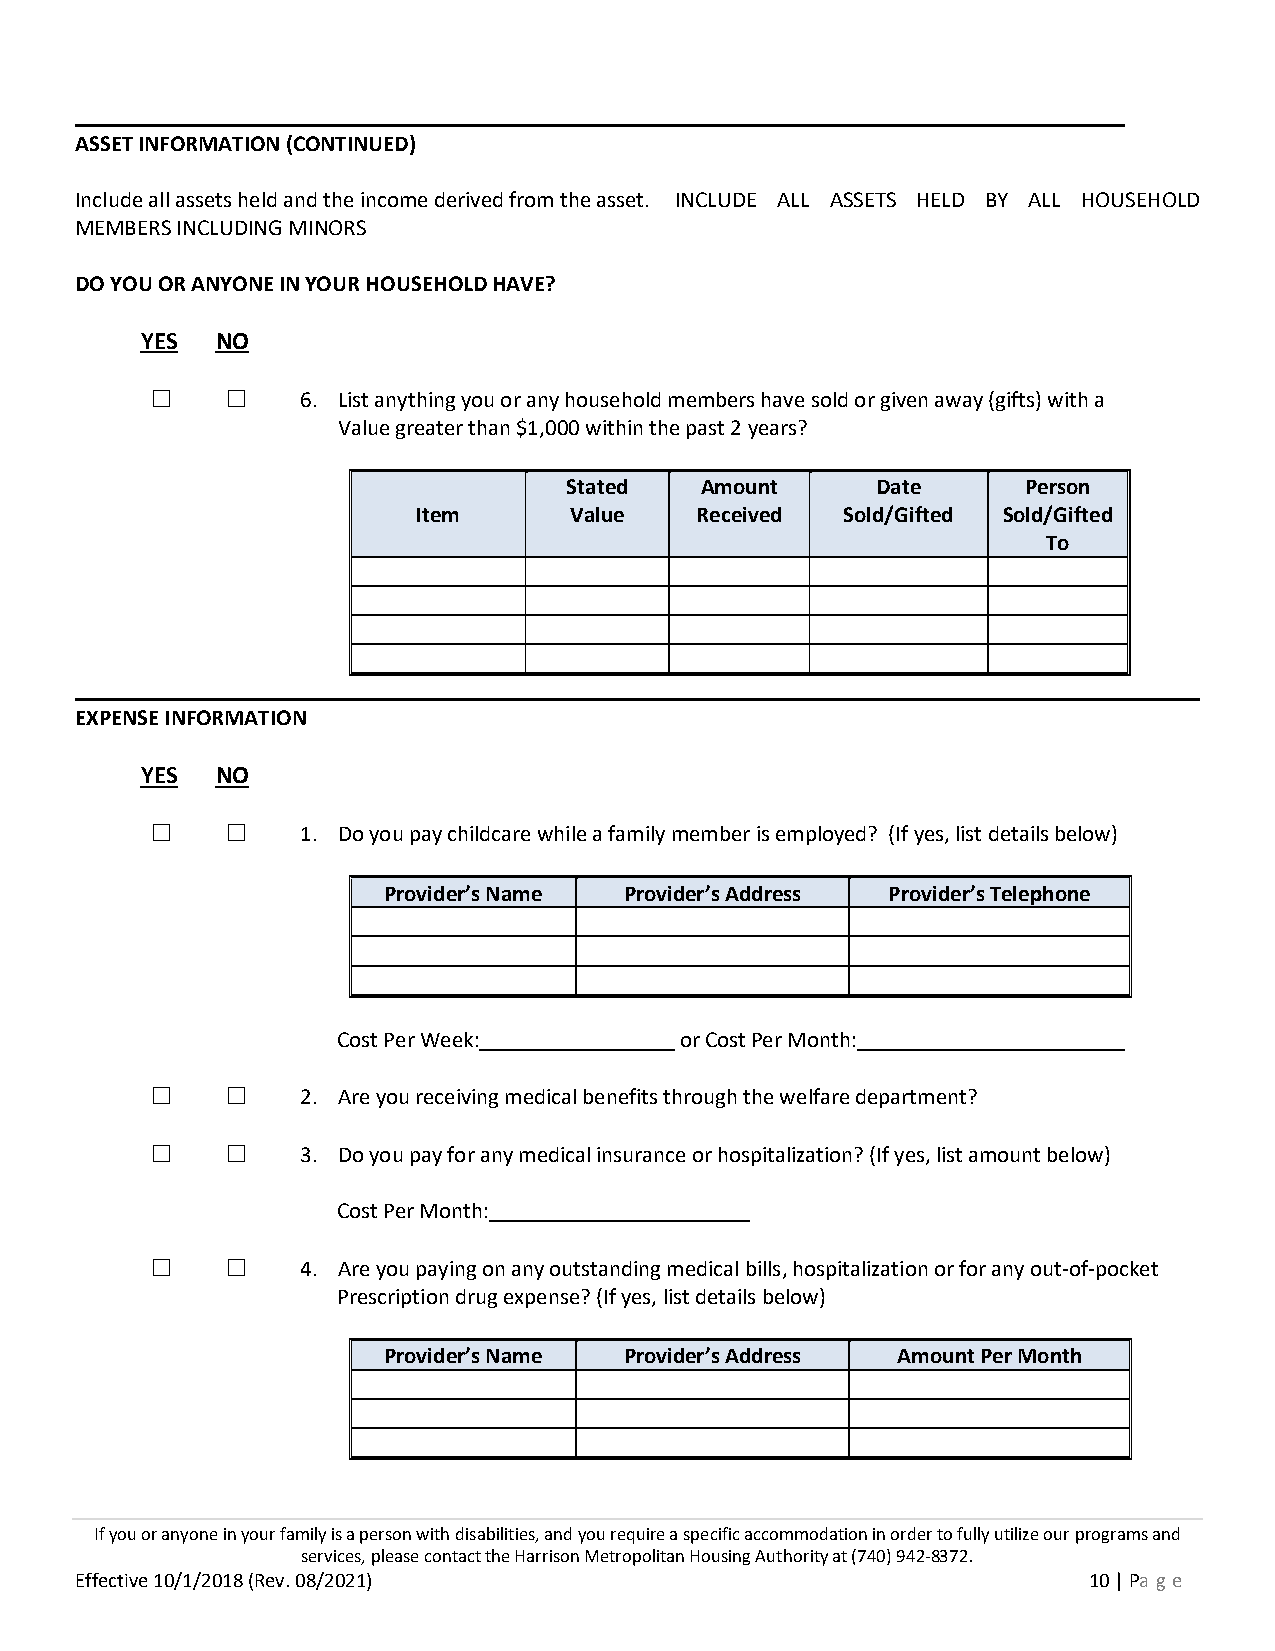
ASSET INFORMATION (CONTINUED)
 Include all assets held and the income derived from the asset. INCLUDE ALL ASSETS HELD BY ALL HOUSEHOLD
 MEMBERS INCLUDING MINORS
 DO YOU OR ANYONE IN YOUR HOUSEHOLD HAVE?
 YES  NO
 ☐    ☐    6. List anything you or any household members have sold or given away (gifts) with a
 Value greater than $1,000 within the past 2 years?
 Stated   Amount      Date      Person
 Item      Value   Received  Sold/Gifted Sold/Gifted
 To
 EXPENSE INFORMATION
 YES  NO
 ☐    ☐    1. Do you pay childcare while a family member is employed? (If yes, list details below)
 Provider’s Name Provider’s Address Provider’s Telephone
 Cost Per Week:         or Cost Per Month:
 ☐    ☐    2. Are you receiving medical benefits through the welfare department?
 ☐    ☐    3. Do you pay for any medical insurance or hospitalization? (If yes, list amount below)
 Cost Per Month:
 ☐    ☐    4. Are you paying on any outstanding medical bills, hospitalization or for any out-of-pocket
 Prescription drug expense? (If yes, list details below)
 Provider’s Name Provider’s Address Amount Per Month
 If you or anyone in your family is a person with disabilities, and you require a specific accommodation in order to fully utilize our programs and
 services, please contact the Harrison Metropolitan Housing Authority at (740) 942-8372.
 Effective 10/1/2018 (Rev. 08/2021)                                 10 | Pa ge